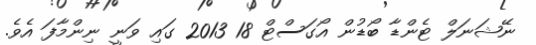
ނޭޝަނަލް ޓެންޑާ ބޯޑުން އޯގަސްޓް 18 2013 ގައި ވަނީ ނިންމާފަ އެވެ.